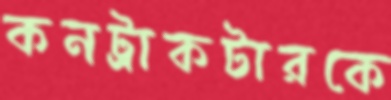
কনট্রাকটারকে